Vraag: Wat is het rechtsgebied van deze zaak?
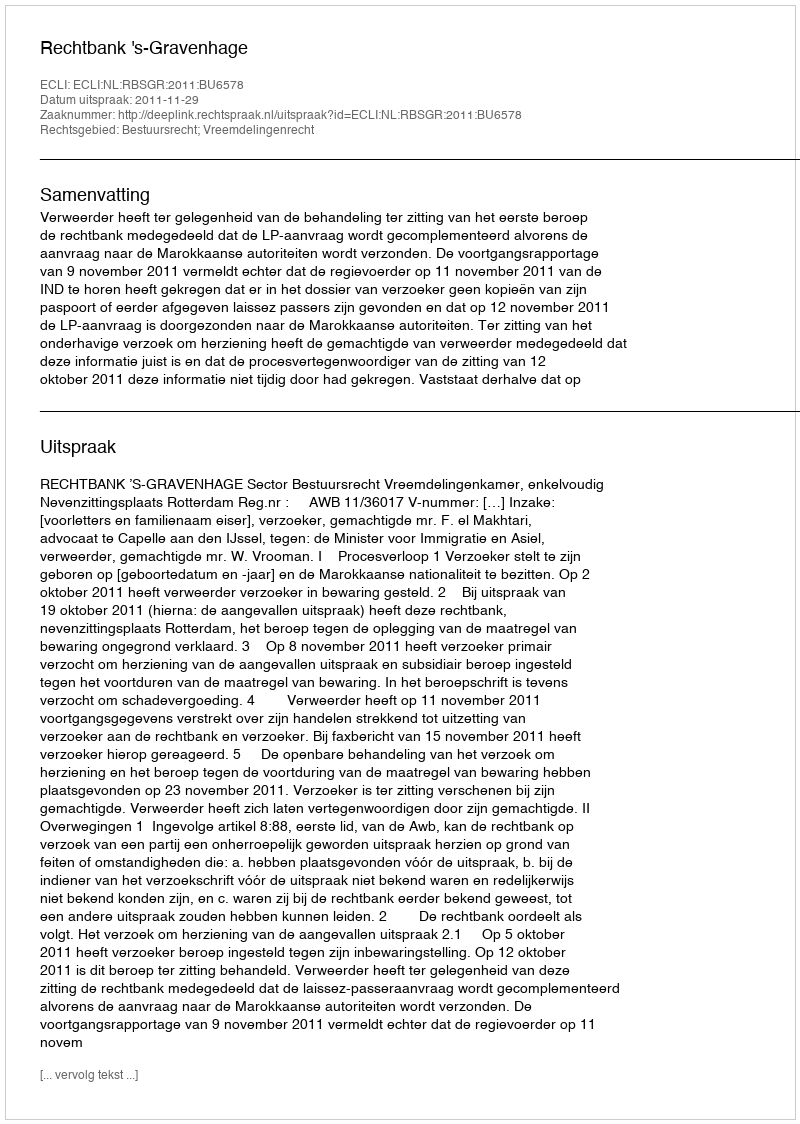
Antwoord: Bestuursrecht; Vreemdelingenrecht